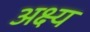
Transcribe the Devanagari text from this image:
अक्ष्य